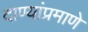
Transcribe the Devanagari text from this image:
दाण्यांप्रमाणे